Civil Veterinary Department. United Provinces 1912-22 - 1912-1922
Year: 1912
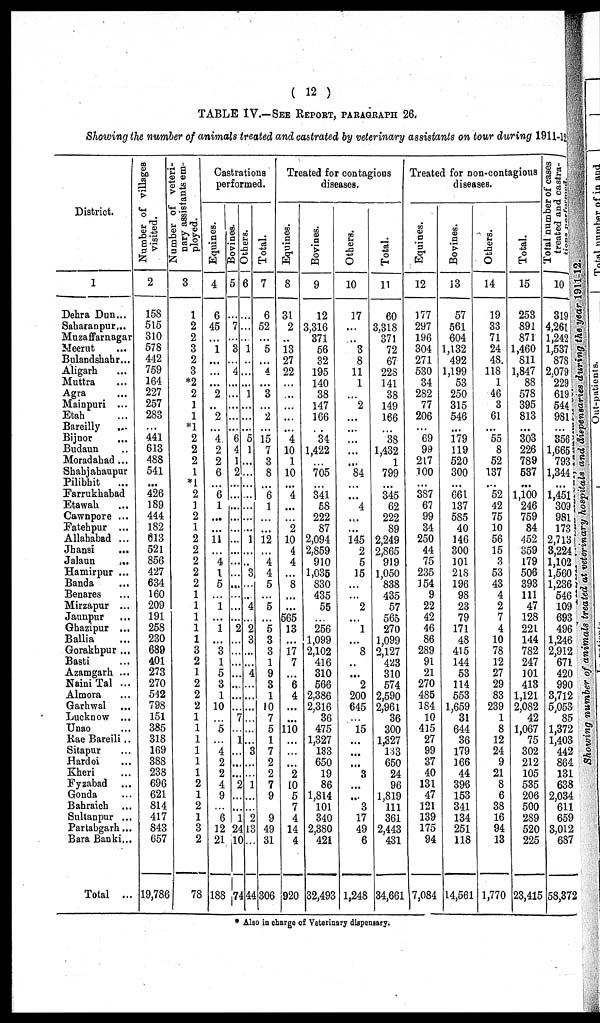
(12)
TABLE IV.—SEE REPORT, PARAGRAPH 26.
Showing the number of animals treated and castrated by veterinary assistants on tour during 1911-12
District.
1
Dehra Dun...
Saharanpur...
Muzaffarnagar
Meerut ...
Bulandshahr...
Aligarh ...
Muttra ...
Agra
...
Mainpuri ...
Etah ...
Bareilly ...
Bijnor ...
Budaun ...
Moradahad ...
Shahjahaupur
Pilibhit ...
Farrukhabad
Etawah ...
Cawnpore ...
Fatehpur ...
Allahabad ...
Jhansi ...
Jalaun ...
Hamirpur ...
Banda ...
Benares
Mirzapur ...
Jaunpur ...
Ghazipur ...
Ballia ...
Gorakhpur ...
Basti ...
Azamgarh ...
Naini Tal ...
Almora ...
Garhwal ...
Lucknow ...
Unao ...
Rae Bareili ..
Sitapur ...
Hardoi ...
Kheri ...
Fyzabad ...
Gonda ...
Bahraich ...
Sultanpur ...
Partabgarh...
Bara Banki...
Total ...
Number of villages
visited.
2
158
515
310
578
442
759
164
227
257
283
...
441
613
488
541
...
426
189
444
182
613
521
856
427
634
160
209
191
258
230
689
401
273
270
542
798
151
385
318
169
388
238
696
621
814
417
843
657
19,786
Number of veteri-
nary assistants em-
ployed.
3
1
2
2
3
2
3
*2
2
1
1
*1
2
2
2
1
*1
2
1
2
1
2
2
2
2
2
1
1
1
1
1
3
2
1
2
2
2
1
1
1
1
1
1
2
1
2
1
3
2
78
Castrations
performed.
Equines.
4
6
45
...
1
...
...
...
2
..
2
...
4
2
2
6
...
6
1
...
...
11
...
4
1
5
1
...
1
...
3
1
5
3
1
10
...
5
...
4
2
2
4
9
...
6
12
21
188
Bovines.
5
...
7
...
3
...
4
...
...
...
...
...
6
4
1
2
...
...
...
...
...
...
...
...
...
...
...
...
...
2
...
...
...
...
...
...
...
7
...
1
...
...
...
2
...
...
1
24
10
74
Others.
6
...
...
..
1
..
...
...
1
...
...
...
5
1
...
...
...
...
...
...
..
1
...
...
3
...
...
4
...
2
3
...
...
4
...
...
...
...
...
...
3
...
...
1
...
...
2
13
...
44
Total.
7
6
52
...
5
...
4
...
3
...
2
...
15
7
3
8
...
6
1
...
...
12
...
4
4
5
...
5
...
5
3
3
1
9
3
1
10
7
5
1
7
2
2
7
9
...
9
49
31
306
Treated for contagious
diseases.
Equines.
8
31
2
..
13
27
22
...
...
...
...
...
4
10
1
10
...
4
...
...
2
10
4
4
...
8
...
...
565
13
...
17
7
...
6
4
...
...
110
...
...
...
2
10
5
7
4
14
4
920
Bovines.
9
12
3,316
371
56
32
195
140
38
147
166
..
34
1,422
...
705
...
341
58
222
87
2,094
2,859
910
1,035
830
435
55
...
256
1,099
2,102
416
310
566
2,386
2,316
36
475
1,327
133
650
19
86
1,814
101
340
2,380
421
32,493
Others.
10
17
...
...
3
8
11
1
...
2
...
...
...
...
...
84
...
...
4
...
...
145
2
5
15
...
...
2
...
1
...
8
...
...
2
200
645
...
15
...
...
...
3
...
...
3
17
49
6
1,248
Total.
11
60
3,318
371
72
67
228
141
38
149
166
...
38
1,432
1
799
...
345
62
222
89
2,249
2,865
919
1,050
838
435
57
565
270
1,099
2,127
423
310
574
2,590
2,961
36
300
1,327
133
650
24
96
1,819
111
361
2,443
431
34,661
Treated for non-contagious
diseases.
Equines.
12
177
297
196
304
271
530
34
282
77
206
...
69
99
217
100
...
387
67
99
34
250
44
75
235
154
9
22
42
46
86
289
91
21
270
485
184
10
415
27
99
37
40
131
47
121
139
175
94
7,084
Bovines.
13
57
561
604
1,132
492
1,199
53
250
315
546
...
179
119
520
300
...
661
137
585
40
146
300
101
218
196
98
23
79
171
48
415
144
53
114
553
1,659
31
644
36
179
166
44
396
153
341
134
251
118
14,561
Others.
14
19
33
71
24
48
118
1
46
3
61
...
55
8
52
137
...
52
42
75
10
56
15
3
53
43
4
2
7
4
10
78
12
27
29
83
239
1
8
12
24
9
21
8
6
38
16
94
13
1,770
Total.
15
253
891
871
1,460
811
1,847
88
578
395
813
...
303
226
789
537
...
1,100
246
759
84
452
359
179
506
393
111
47
128
221
144
782
247
101
413
1,121
2,082
42
1,067
75
302
212
105
535
206
500
289
520
225
23,415
Total
number of cases
treated
and
castra-
tion
10
319
4,261
1,242
1,537
878
2.079
229
619
544
981
...
356
1,665
793
1,344
...
1,451
309
981
173
2,713
3,224
1,102
1,560
1,236
546
109
693
496
1,246
2,912
671
420
990
3,712
5,053
85
1,372
1,403
442
864
131
638
2,034
611
659
3,012
687
58,372
* Also in charge of Veterinary dispensary.